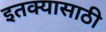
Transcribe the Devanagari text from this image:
इतक्यासाठी